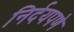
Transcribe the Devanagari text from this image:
निर्दयपणे